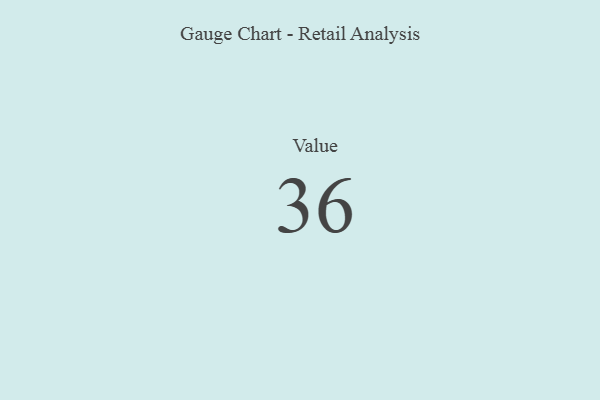
{"axis": {"x": "Metric", "y": "Value"}, "legend": [""], "data": [{"x": "Value", "y": 36, "type": ""}]}